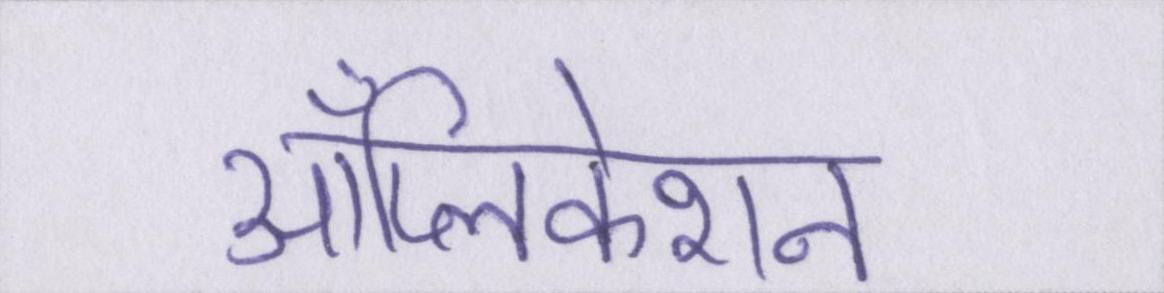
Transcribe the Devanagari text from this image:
ॲप्लिकेशन